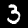
Label: 3